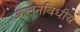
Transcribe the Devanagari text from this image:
कलनविधीय